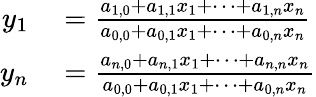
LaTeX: \begin{array}{rl}{y_{1}}&{{}={\frac{a_{1,0}+a_{1,1}x_{1}+\dots+a_{1,n}x_{n}}{a_{0,0}+a_{0,1}x_{1}+\dots+a_{0,n}x_{n}}}}\\ {y_{n}}&{{}={\frac{a_{n,0}+a_{n,1}x_{1}+\dots+a_{n,n}x_{n}}{a_{0,0}+a_{0,1}x_{1}+\dots+a_{0,n}x_{n}}}}\end{array}